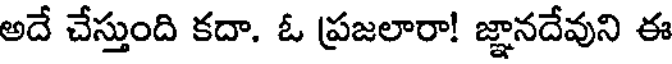
అదే చేస్తుంది కదా. ఓ ప్రజలారా! జ్ఞానదేవుని ఈ